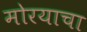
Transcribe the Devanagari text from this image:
मोरयाचा